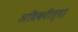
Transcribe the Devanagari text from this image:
अधिकरीत्या